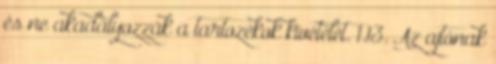
és ne akadályozzák a tartozékok kivételét. 1.13. Az ajtónak